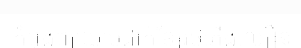
កំពុងព្យាយាមដាក់ខ្សែរថភ្លើងល្បឿន